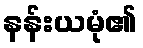
နန်းယမုံ၏